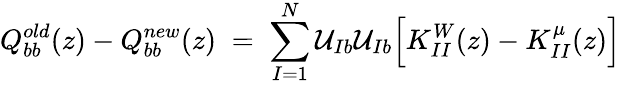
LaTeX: Q_{bb}^{old}(z)-Q_{bb}^{new}(z)\; =\; \sum_{I=1}^{N}\mathcal{U}_{Ib}\mathcal{U}_{Ib}\Big[K_{II}^{W}(z)-K_{II}^{\mu}(z)\Big]